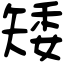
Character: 矮